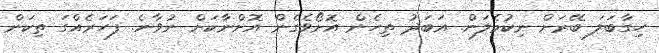
ހިގާބަލަ ބޭރަށް ނިކުމެލަން. އަބަދު ތިހެން އޮށޯވެގެން އޮށްނާކަށް ނުވާނެ. ފަހަރެއްގަ ތިކަން